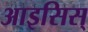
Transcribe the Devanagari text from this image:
आइसिस्